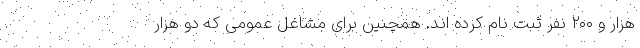
هزار و ۲۰۰ نفر ثبت نام کرده اند. همچنین برای مشاغل عمومی که دو هزار